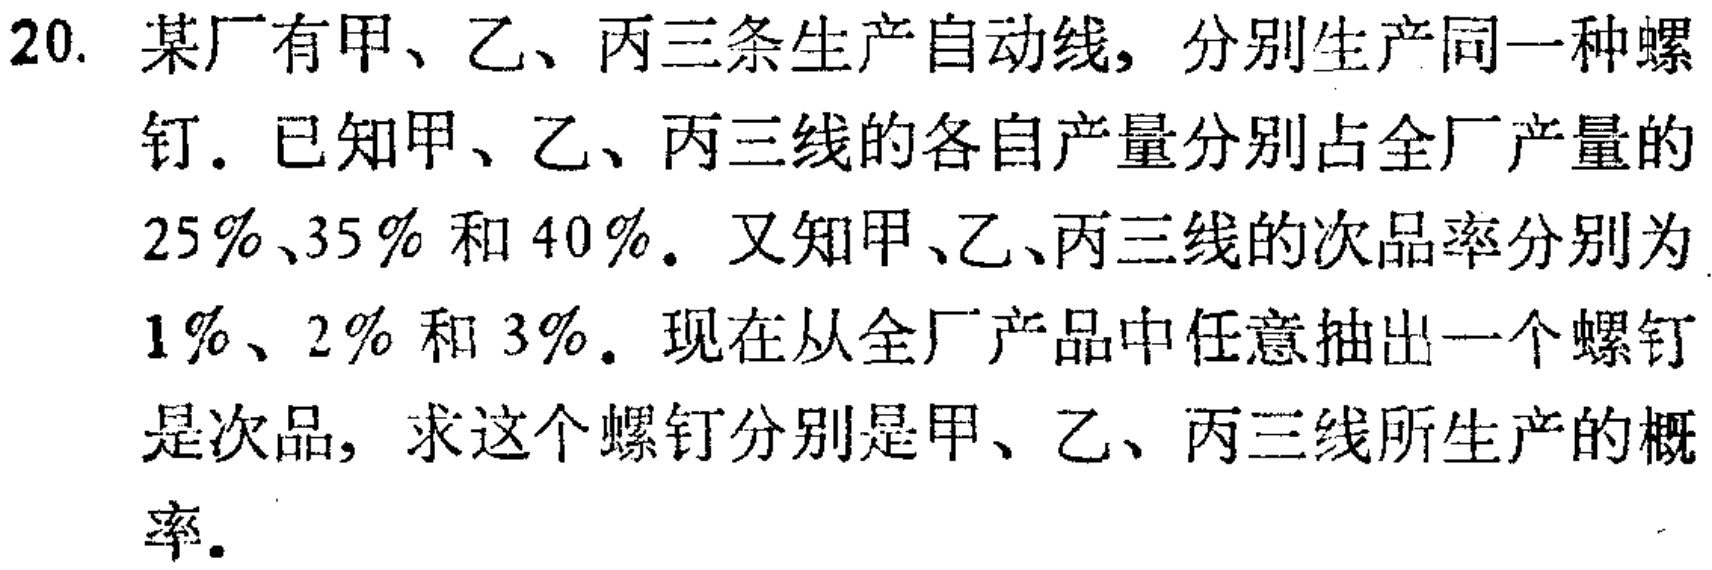
20. 某厂有甲、乙、丙三条生产自动线，分别生产同一种螺钉. 已知甲、乙、丙三线的各自产量分别占全厂产量的$25\%$、$35\%$和$40\%$. 又知甲、乙、丙三线的次品率分别为$1\%$、$2\%$和$3\%$. 现在从全厂产品中任意抽出一个螺钉是次品，求这个螺钉分别是甲、乙、丙三线所生产的概率.